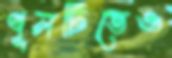
পুলটিতেও